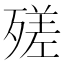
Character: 𣩈